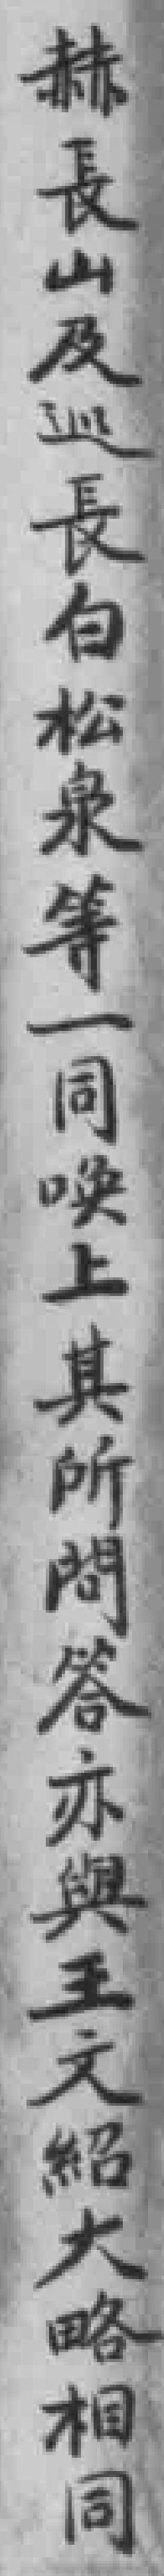
赫長山及巡長白松泉等一同唤上其所問答亦與王文紹大略相同